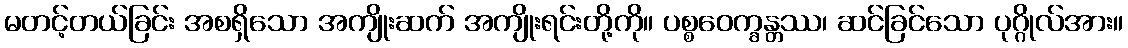
မတင့်တယ်ခြင်း အစရှိသော အကျိုးဆက် အကျိုးရင်းတို့ကို။ ပစ္စဝေက္ခန္တဿ၊ ဆင်ခြင်သော ပုဂ္ဂိုလ်အား။